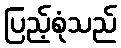
ပြည့်စုံသည်